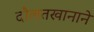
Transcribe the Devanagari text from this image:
दौलतखानाने